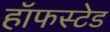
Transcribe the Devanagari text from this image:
हॉफस्टेड